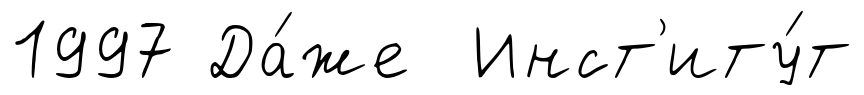
1997 Да́же Инст'иту́т